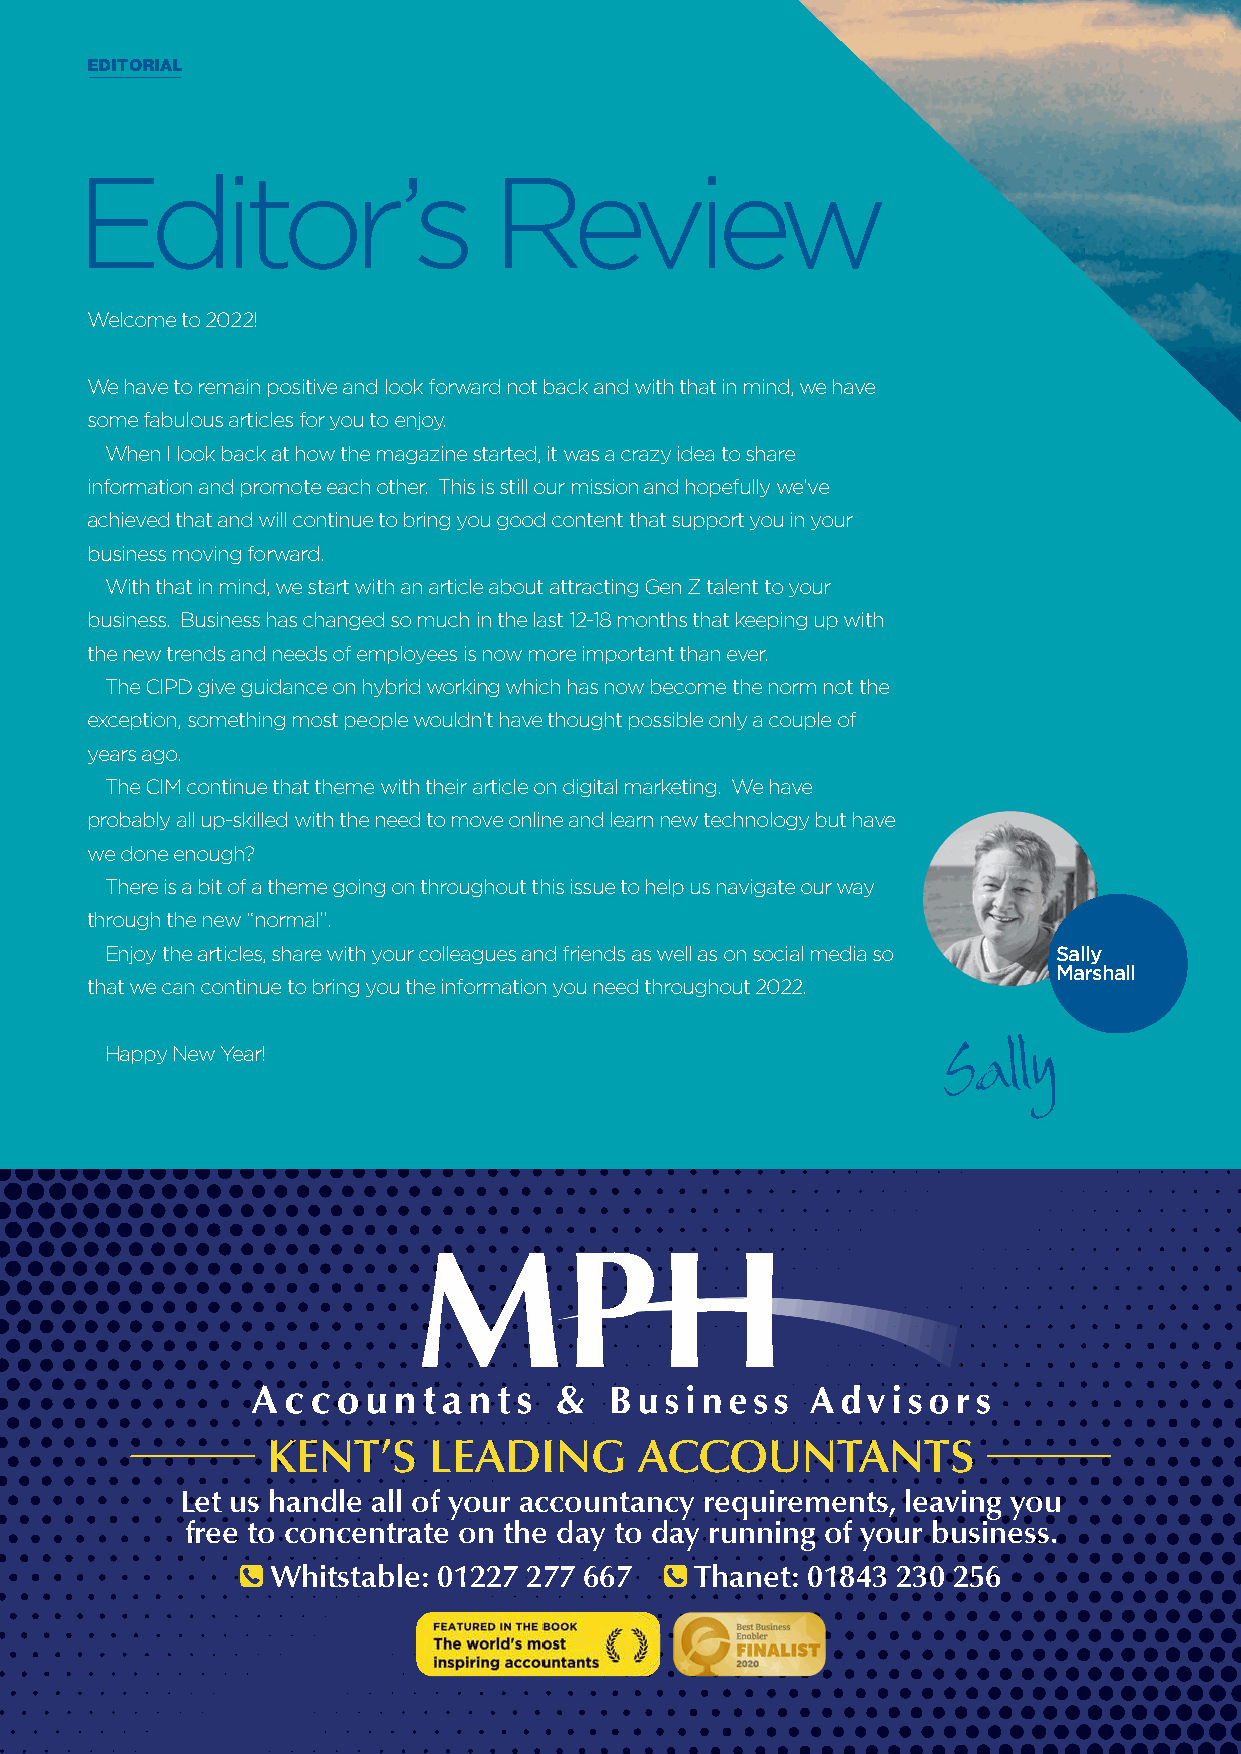
EDITORIAL
 Editor’s                    Review
 Welcome to 2022!
 We have to remain positive and look forward not back and with that in mind, we have
 some fabulous articles for you to enjoy.
 When I look back at how the magazine started, it was a crazy idea to share
 information and promote each other. This is still our mission and hopefully we’ve
 achieved that and will continue to bring you good content that support you in your
 business moving forward.
 With that in mind, we start with an article about attracting Gen Z talent to your
 business. Business has changed so much in the last 12-18 months that keeping up with
 the new trends and needs of employees is now more important than ever.
 The CIPD give guidance on hybrid working which has now become the norm not the
 exception, something most people wouldn’t have thought possible only a couple of
 years ago.
 The CIM continue that theme with their article on digital marketing. We have
 probably all up-skilled with the need to move online and learn new technology but have
 we done enough?
 There is a bit of a theme going on throughout this issue to help us navigate our way
 through the new “normal”.
 Enjoy the articles, share with your colleagues and friends as well as on social media so Sally
 Marshall
 that we can continue to bring you the information you need throughout 2022.
 Happy New Year!
 MPH
 KENT’S    LEADING       ACCOUNTANTS
 Let us handle all of your accountancy requirements, leaving you
 free to concentrate on the day to day running of your business.
 Whitstable: 01227 277 667   Thanet: 01843 230 256